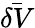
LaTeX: \bar{\delta V}